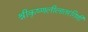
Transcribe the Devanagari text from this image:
श्रीकृष्णलीलातरंगिणी